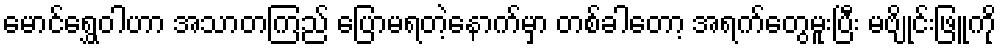
မောင်ရွှေဝါဟာ အသာတကြည် ပြောမရတဲ့နောက်မှာ တစ်ခါတော့ အရက်တွေမူးပြီး မဗျိုင်းဖြူကို